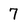
Character: 7